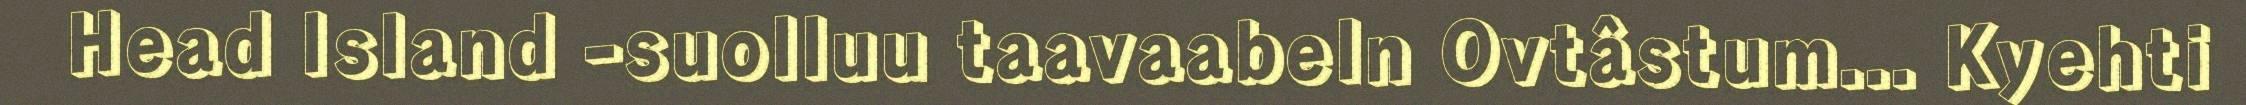
Head Island -suolluu taavaabeln Ovtâstum... Kyehti